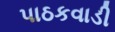
પાઠકવાડી